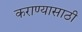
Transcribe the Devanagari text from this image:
कराण्यासाठी